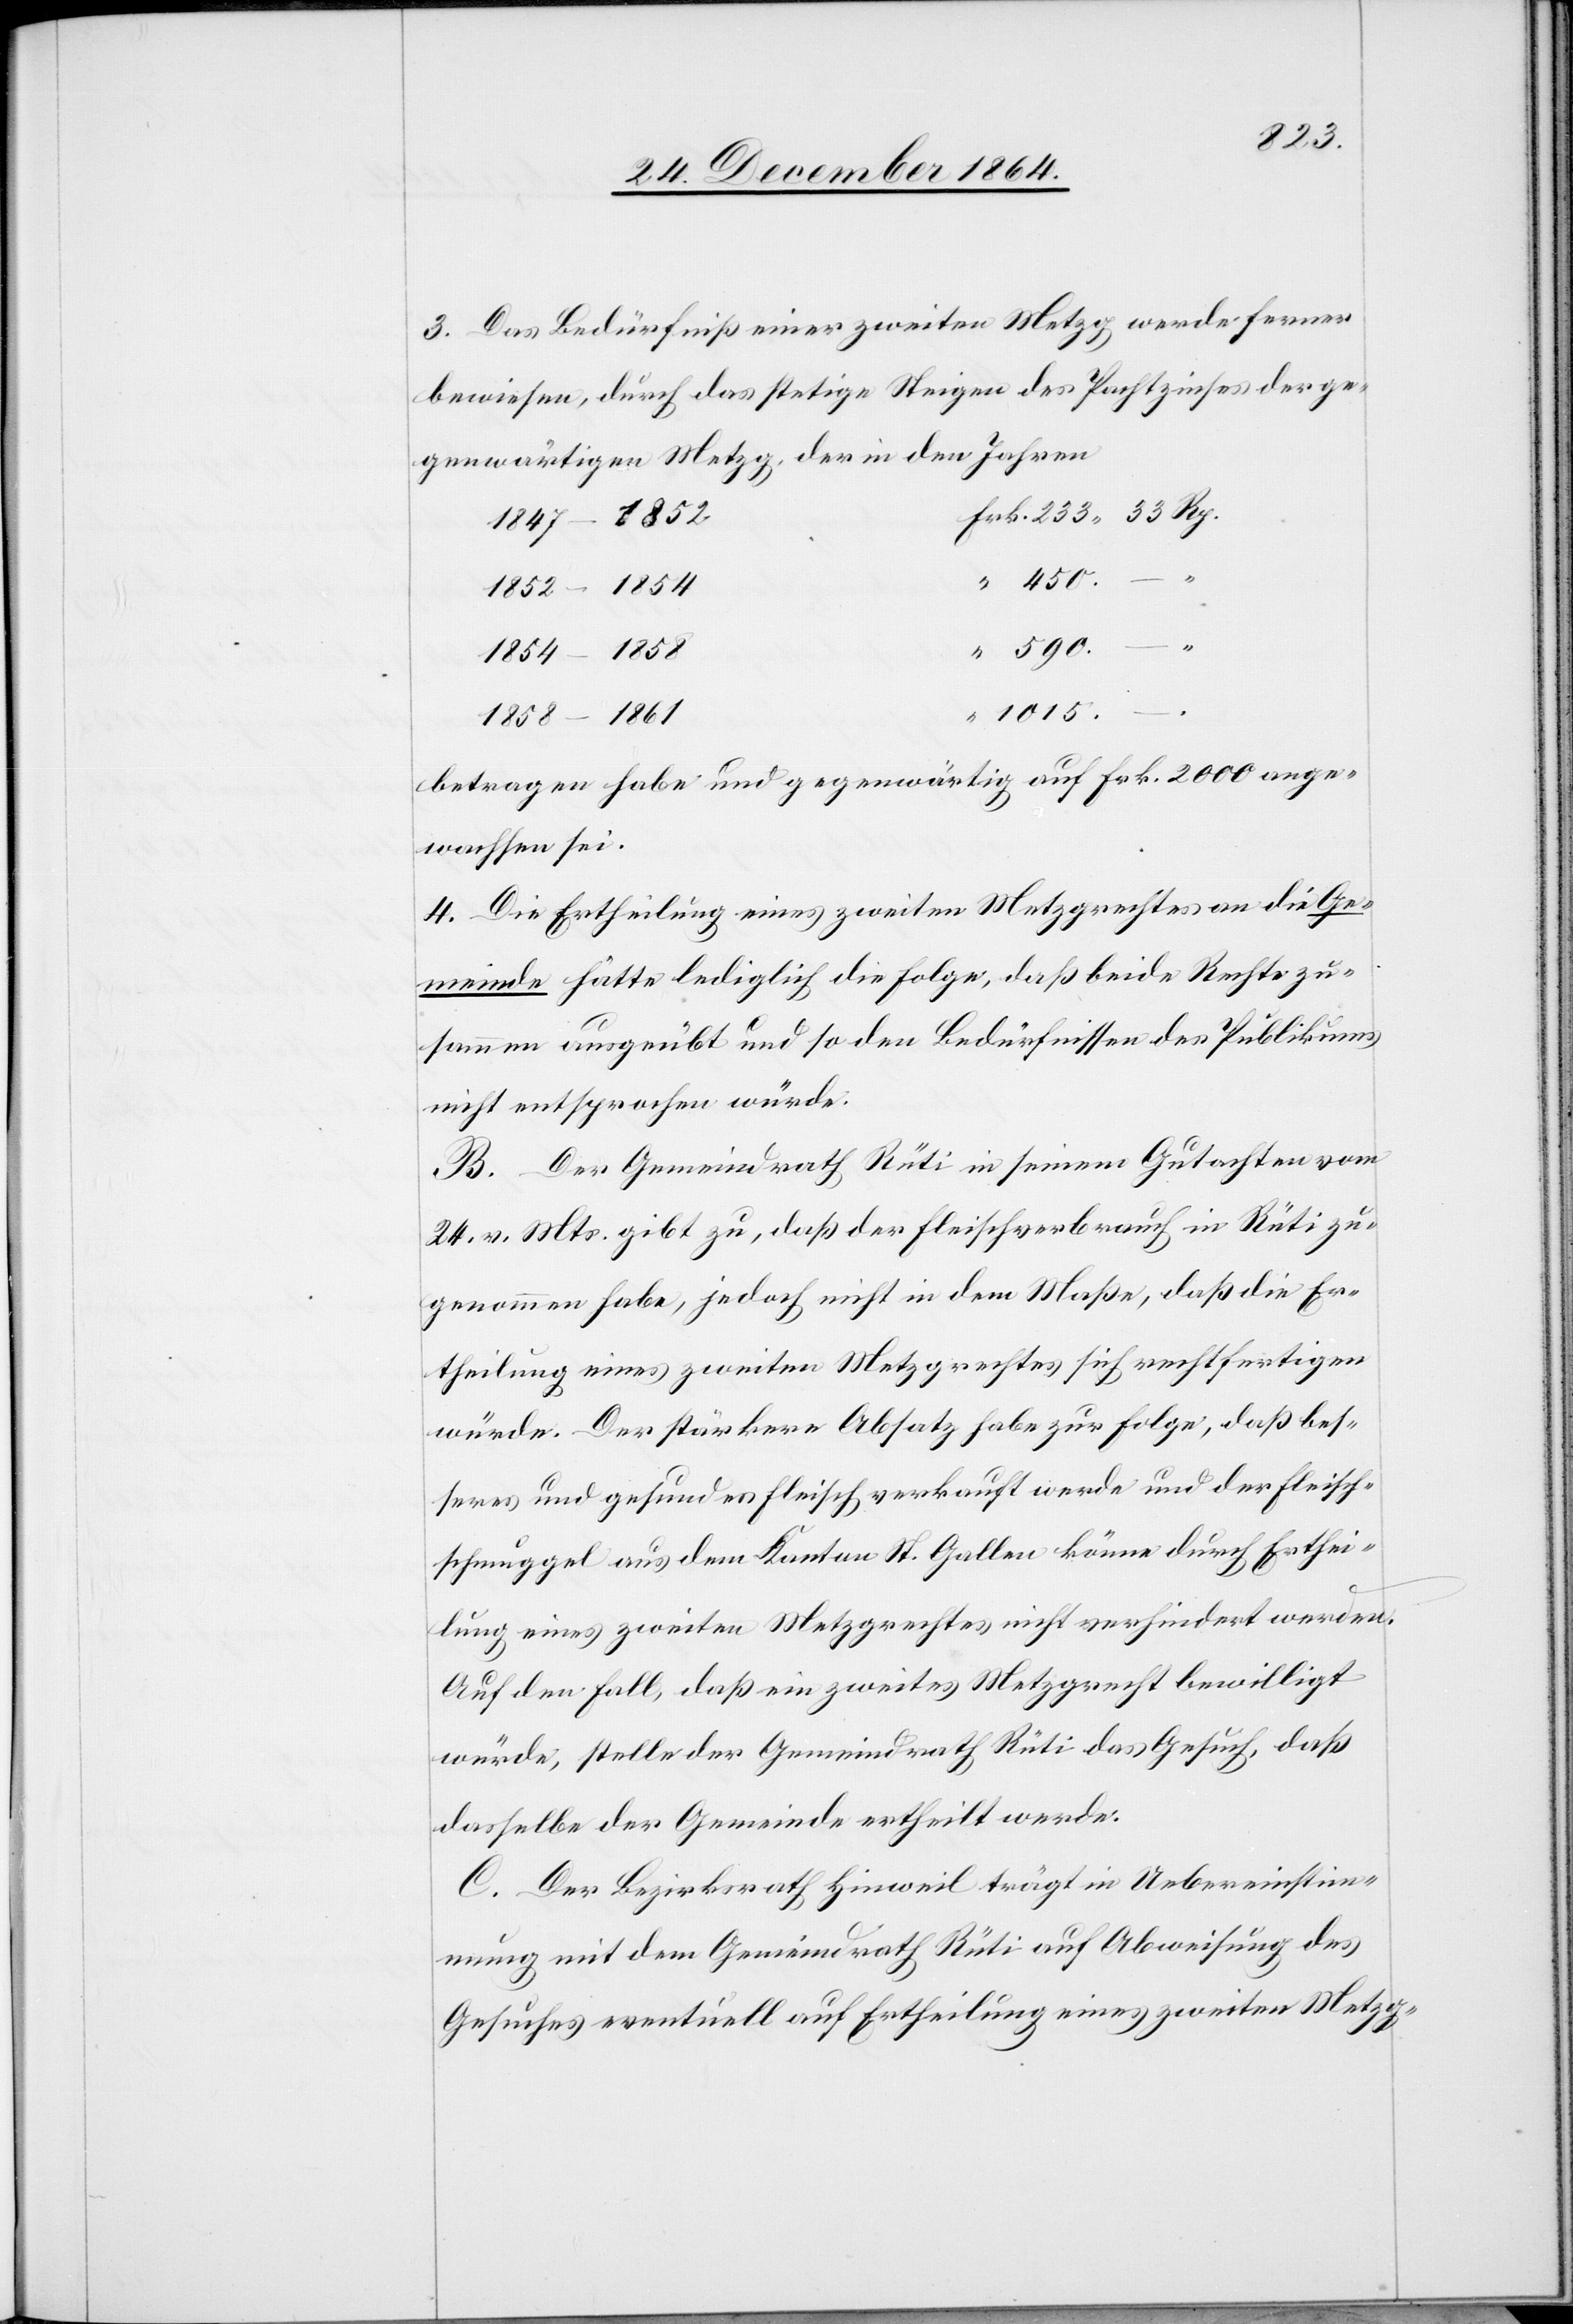
3. Das Bedürfniß einer zweiten Metzg werde ferner
bewiesen, durch das stetige Steigen des Pachtzinses der ge¬
genwärtigen Metzg, der in den Jahren
1847–1852
1852–1854
.
1854–1858
590.
1 015.
1858–1861
betragen habe und gegenwärtig auf Frk. 2 000 ange¬
wachsen sei.
4. Die Ertheilung eines zweiten Metzgrechtes an die Ge¬
meinde hätte lediglich die Folge, daß beide Rechte zu¬
sammen ausgeübt und so den Bedürfnissen des Publikums
nicht entsprochen würde.
B. Der Gemeindrath Rüti in seinem Gutachten vom
24. v. Mts. gibt zu, daß der Fleischverbrach in Rüti zu¬
genommen habe, jedoch nicht in dem Maße, daß die Er¬
theilung eines zweiten Metzgrechtes sich rechtfertigen
würde. Der stärkere Absatz habe zur Folge, daß bes¬
seres und gesundes Fleisch verkauft werde und der Fleisch¬
schmuggel aus dem Kanton St. Gallen könne durch Erthei¬
lung eines zweiten Metzgrechtes nicht verhindert werden.
Auf den Fall, daß ein zweites Metzgrecht bewilligt
würde, stelle der Gemeindrath Rüti das Gesuch, daß
dasselbe der Gemeinde ertheilt werde.
C. Der Bezirksrath Hinweil trägt in Uebereinstim¬
mung mit dem Gemeindrath Rüti auf Abweisung des
Gesuches eventuell auf Ertheilung eines zweiten Metzg-